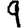
Digit: 9